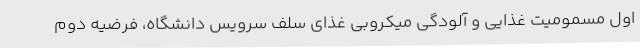
اول مسمومیت غذایی و آلودگی میکروبی غذای سلف سرویس دانشگاه، فرضیه دوم